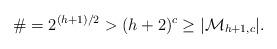
LaTeX: \begin{align*}\# = 2^{(h+1)/2} > (h+2)^c \geq |\mathcal{M}_{h+1, c}|.\end{align*}